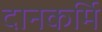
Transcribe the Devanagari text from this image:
दानकर्मि